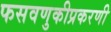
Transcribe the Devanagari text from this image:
फसवणुकीप्रकरणी